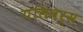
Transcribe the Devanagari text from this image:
गलिवर्स